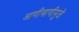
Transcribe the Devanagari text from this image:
आणीबाणीमुळे